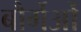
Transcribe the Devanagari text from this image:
बौर्गेओं